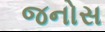
જનોસ